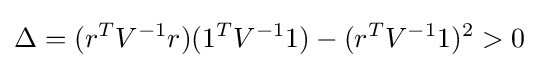
\Delta =(r^{T}V^{-1}r)(1^{T}V^{-1}1)-(r^{T}V^{-1}1)^{2}>0